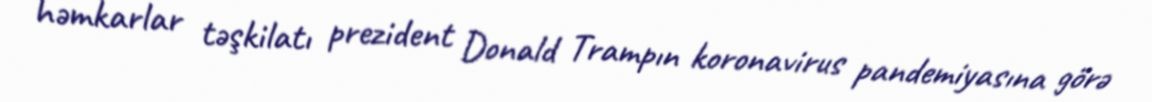
həmkarlar təşkilatı prezident Donald Trampın koronavirus pandemiyasına görə